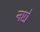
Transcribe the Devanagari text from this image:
नष्टो